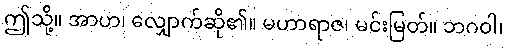
ဤသို့။ အာဟ၊ လျှောက်ဆို၏။ မဟာရာဇ၊ မင်းမြတ်။ ဘဂဝါ၊